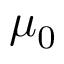
\textstyle \mu _ { 0 }